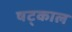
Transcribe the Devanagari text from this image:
षट्काल